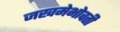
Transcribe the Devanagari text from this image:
जखमेभोवती